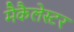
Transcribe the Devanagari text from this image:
मैकैलेस्टर